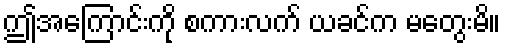
ဤအကြောင်းကို စကားလက် ယခင်က မတွေးမိ။